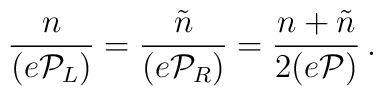
\frac{n}{(e{\cal P}_{L})}=  \frac{\tilde{n}}{(e{\cal P}_{R})} =  \frac{n+\tilde{n}}{2(e{\cal P})} \,.